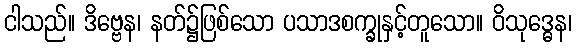
ငါသည်။ ဒိဗ္ဗေန၊ နတ်၌ဖြစ်သော ပသာဒစက္ခုနှင့်တူသော။ ဝိသုဒ္ဓေန၊